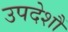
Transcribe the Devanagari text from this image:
उपदेशौं